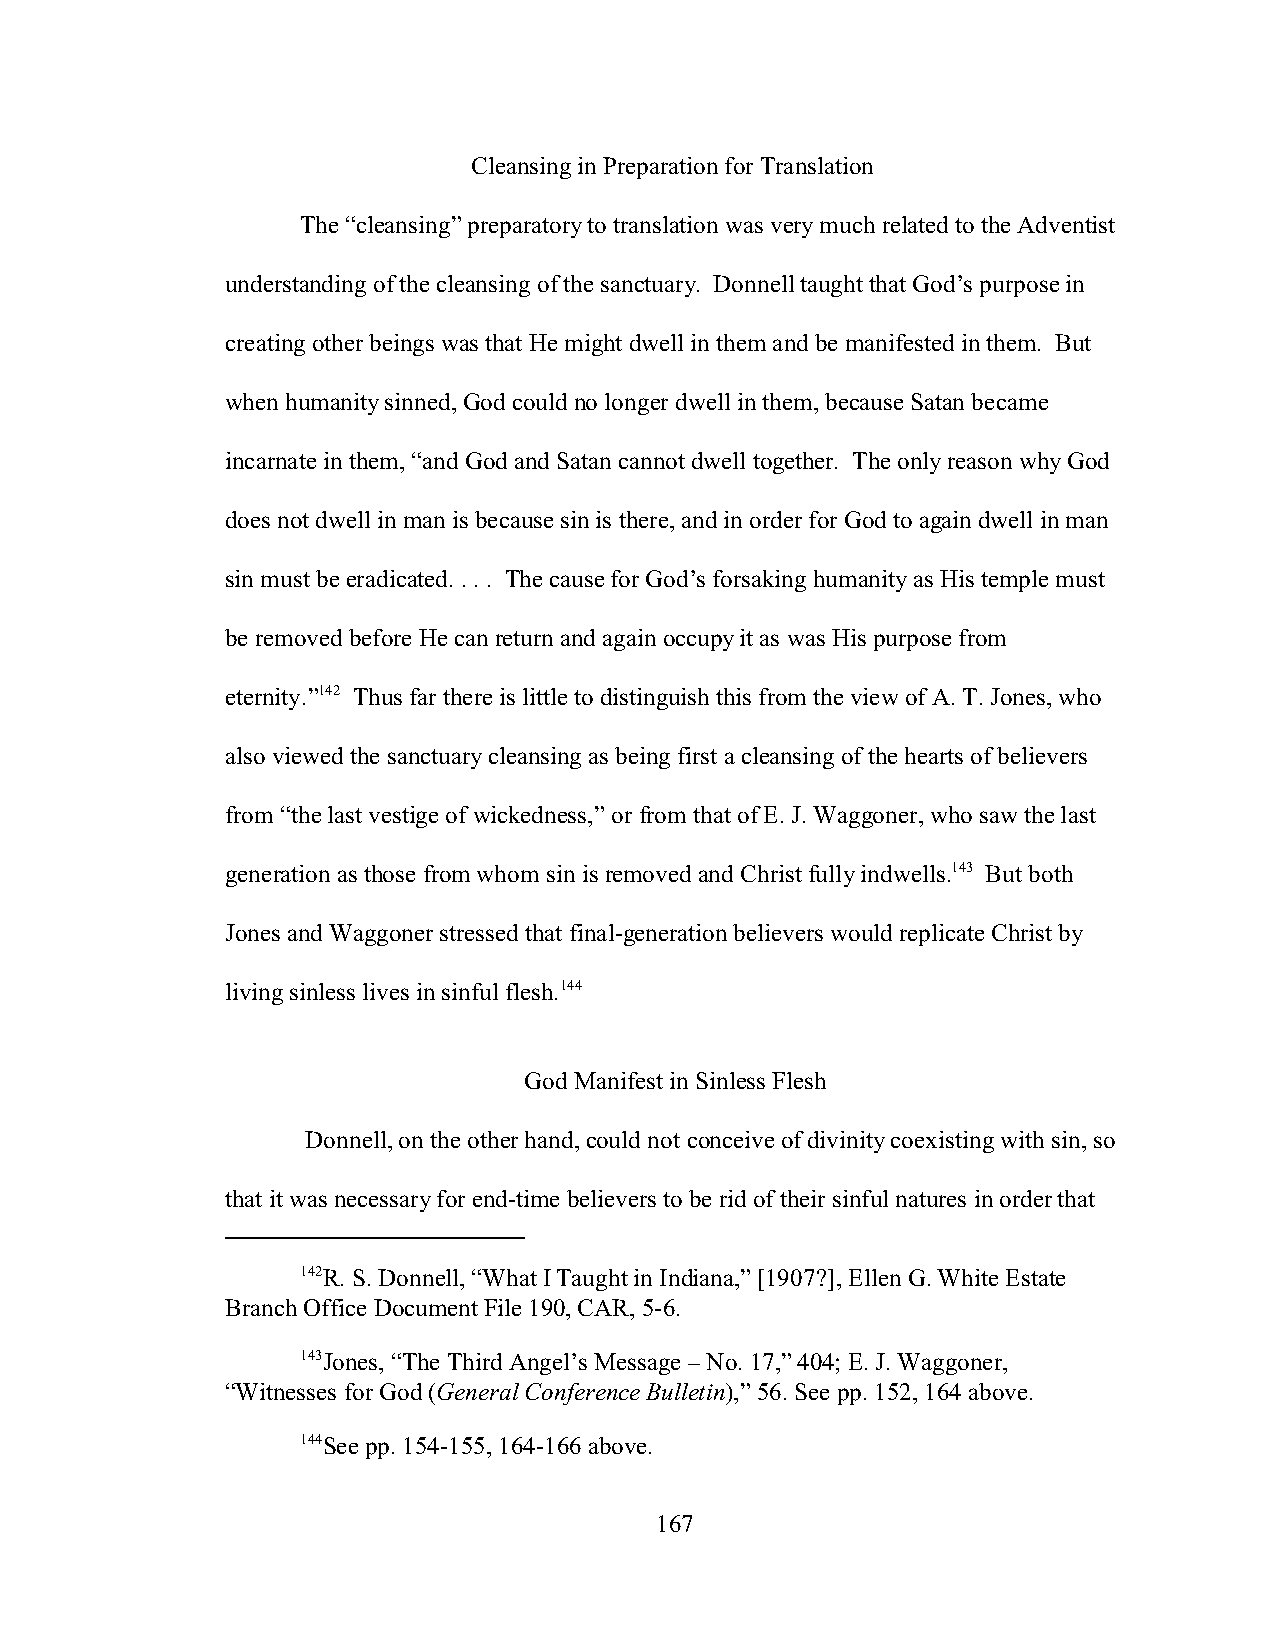
Cleansing in Preparation for Translation
 The “cleansing” preparatory to translation was very much related to the Adventist
 understanding of the cleansing of the sanctuary. Donnell taught that God’s purpose in
 creating other beings was that He might dwell in them and be manifested in them. But
 when humanity sinned, God could no longer dwell in them, because Satan became
 incarnate in them, “and God and Satan cannot dwell together. The only reason why God
 does not dwell in man is because sin is there, and in order for God to again dwell in man
 sin must be eradicated. . . . The cause for God’s forsaking humanity as His temple must
 be removed before He can return and again occupy it as was His purpose from
 eternity.”142 Thus far there is little to distinguish this from the view of A. T. Jones, who
 also viewed the sanctuary cleansing as being first a cleansing of the hearts of believers
 from “the last vestige of wickedness,” or from that of E. J. Waggoner, who saw the last
 generation as those from whom sin is removed and Christ fully indwells.143 But both
 Jones and Waggoner stressed that final-generation believers would replicate Christ by
 living sinless lives in sinful flesh.144
 God Manifest in Sinless Flesh
 Donnell, on the other hand, could not conceive of divinity coexisting with sin, so
 that it was necessary for end-time believers to be rid of their sinful natures in order that
 142R. S. Donnell, “What I Taught in Indiana,” [1907?], Ellen G. White Estate
 Branch Office Document File 190, CAR, 5-6.
 143Jones, “The Third Angel’s Message – No. 17,” 404; E. J. Waggoner,
 “Witnesses for God (General Conference Bulletin),” 56. See pp. 152, 164 above.
 144See pp. 154-155, 164-166 above.
 167